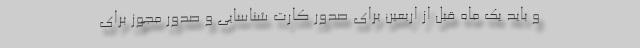
و باید یک ماه قبل از اربعین برای صدور کارت شناسایی و صدور مجوز برای